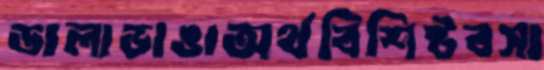
ডালাভাঙাঅর্থবিশিষ্টবসা